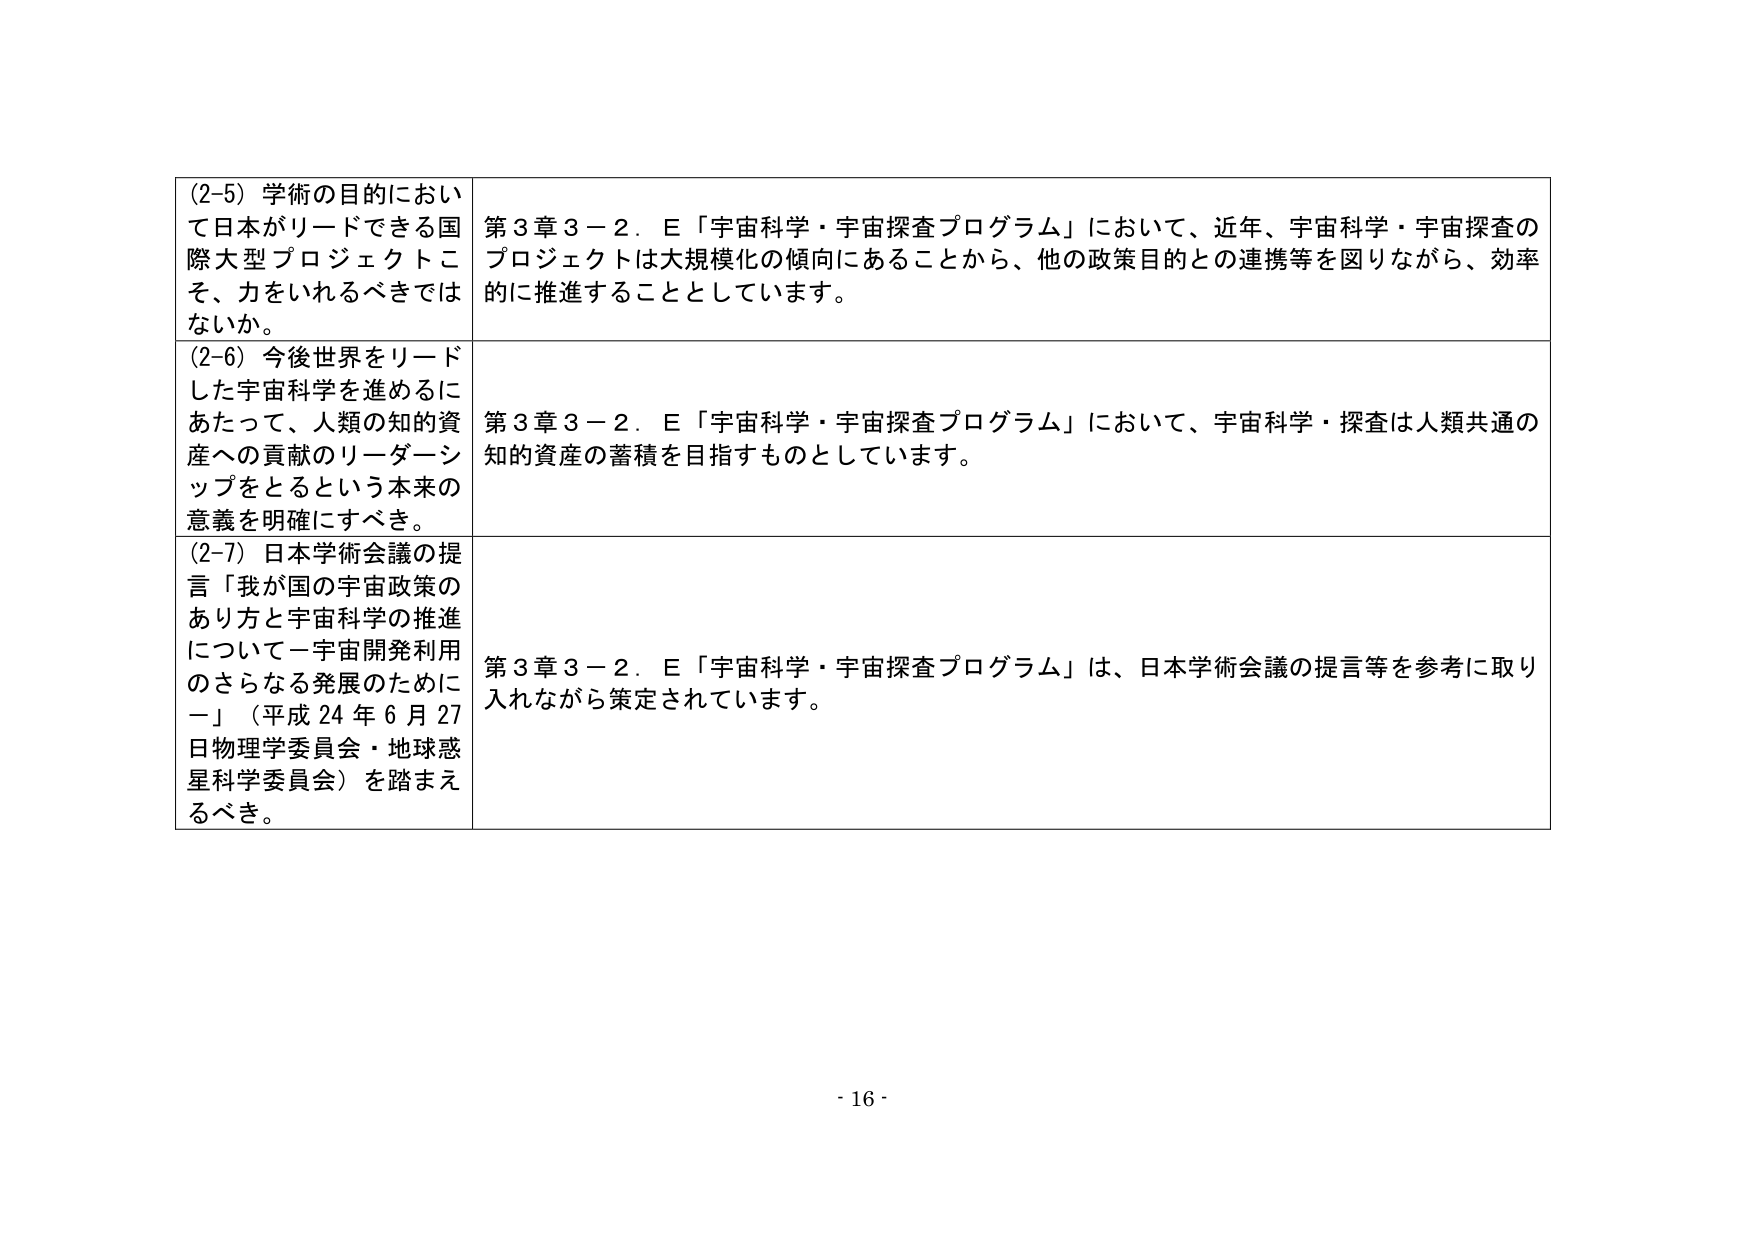
(2-5) 学術の目的において日本がリードできる国際大型プロジェクトこそ、力をいれるべきではないか。

(2-6) 今後世界をリードした宇宙科学を進めるにあたって、人類の知的資産への貢献のリーダーシップをとるという本来の意義を明確にすべき。

(2-7) 日本学術会議の提言「我が国の宇宙政策のあり方と宇宙科学の推進について－宇宙開発利用のさらなる発展のために－」（平成24年6月27日物理学委員会・地球惑星科学委員会）を踏まえるべき。

第3章3－2．E「宇宙科学・宇宙探査プログラム」において、近年、宇宙科学・宇宙探査のプロジェクトは大規模化の傾向にあることから、他の政策目的との連携等を図りながら、効率的に推進することとしています。

第3章3－2．E「宇宙科学・宇宙探査プログラム」において、宇宙科学・探査は人類共通の知的資産の蓄積を目指すものとしています。

第3章3－2．E「宇宙科学・宇宙探査プログラム」は、日本学術会議の提言等を参考に取り入れながら策定されています。

- 16 -